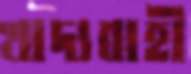
খাদ্যবাহী